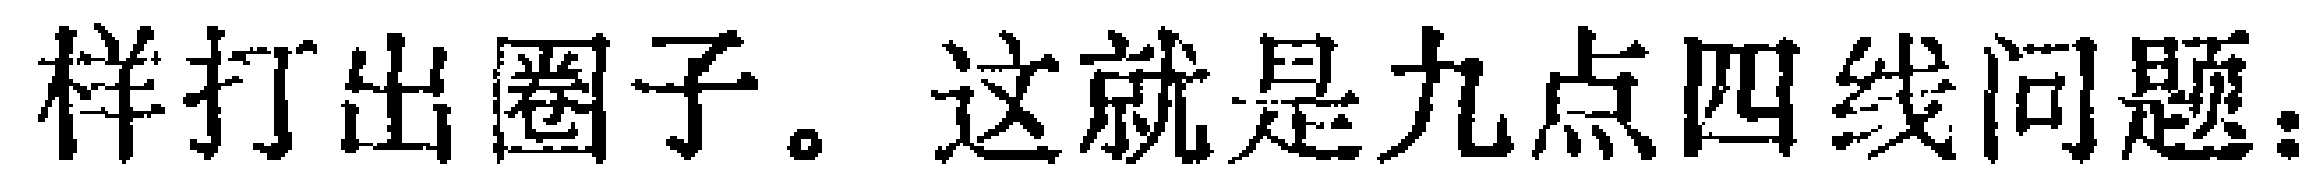
样打出圈子。这就是九点四线问题：